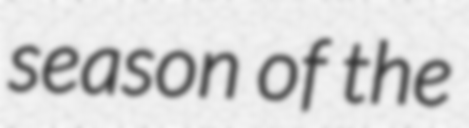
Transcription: season of the